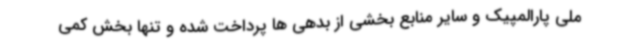
ملی پارالمپیک و سایر منابع بخشی از بدهی ها پرداخت شده و تنها بخش کمی